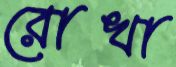
রোখা